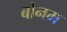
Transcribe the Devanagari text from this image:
बोनम